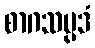
စာဂသမ္ပဒံ